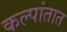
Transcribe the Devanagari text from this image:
कल्पांतात